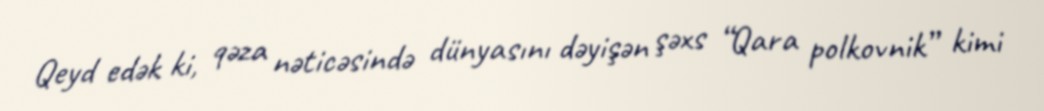
Qeyd edək ki, qəza nəticəsində dünyasını dəyişən şəxs “Qara polkovnik” kimi